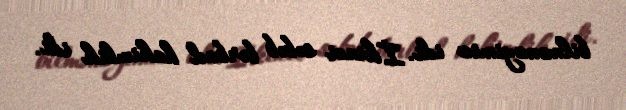
bilməməyimiz idi. İkinci səbəb bərbad hakimlik idi.